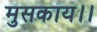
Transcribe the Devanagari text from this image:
मुसकाय।।